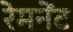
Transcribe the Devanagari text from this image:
रेमनेंट